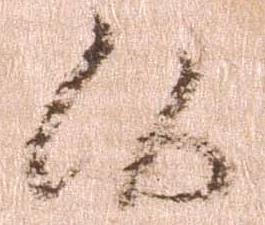
候